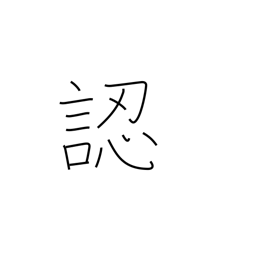
Meaning: discern